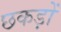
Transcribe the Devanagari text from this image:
छकड़ों